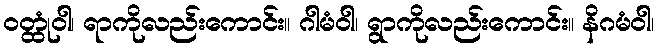
ဝတ္ထုံဝါ၊ ရာကိုလည်းကောင်း။ ဂါမံဝါ၊ ရွာကိုလည်းကောင်း။ နိဂမံဝါ၊